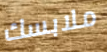
ملابسك